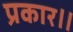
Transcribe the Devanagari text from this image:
प्रकार॥